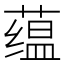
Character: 蕴